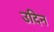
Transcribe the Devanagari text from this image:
उदिन